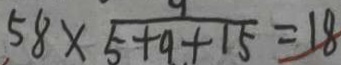
5 8 \times \frac { 9 } { 5 + 9 + 1 5 } = 1 8